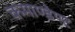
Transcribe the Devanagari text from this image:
कमाण्डेण्ट